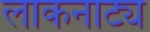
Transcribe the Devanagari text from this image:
लाकनाट्य